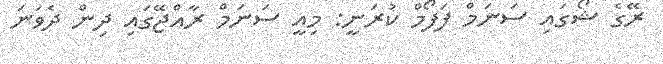
ރޭގެ ޝޯގައި ސަނަމް ފަފޯމް ކުރަނީ: މިއީ ސަނަމް ރާއްޖޭގައި ދިން ދެވަނަ